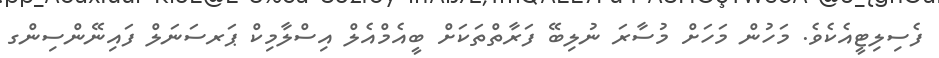
ފެސިލިޓީއެކެވެ. މަހުން މަހަށް މުސާރަ ނުލިބޭ ފަރާތްތަކަށް ބީއެމްއެލް އިސްލާމިކް ޕަރސަނަލް ފައިނޭންސިންގ